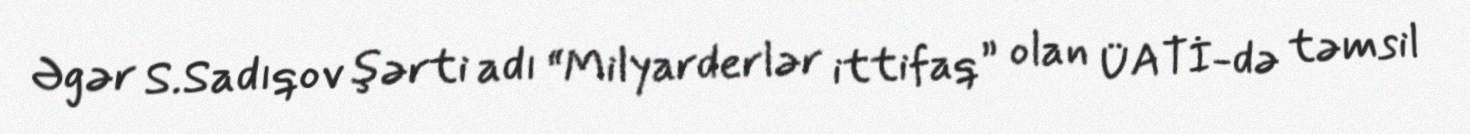
Əgər S.Sadıqov şərti adı “Milyarderlər ittifaq” olan ÜATİ-də təmsil